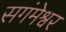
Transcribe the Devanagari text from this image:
सगंमेश्वर